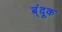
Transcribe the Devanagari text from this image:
ब्ंदूक